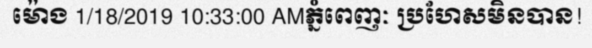
ម៉ោង 1/18/2019 10:33:00 AMភ្នំពេញៈ ប្រហែសមិនបាន!